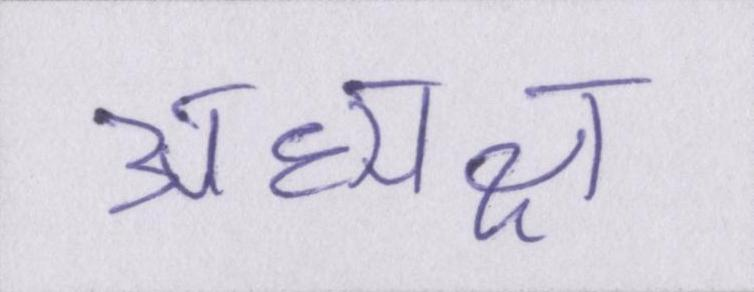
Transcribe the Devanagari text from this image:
अध्यक्ष